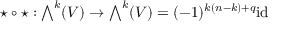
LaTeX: \star \circ \star : { \textstyle \bigwedge } ^ { k } ( V ) \to { \textstyle \bigwedge } ^ { k } ( V ) = ( - 1 ) ^ { k ( n - k ) + q } \mathrm { i d }